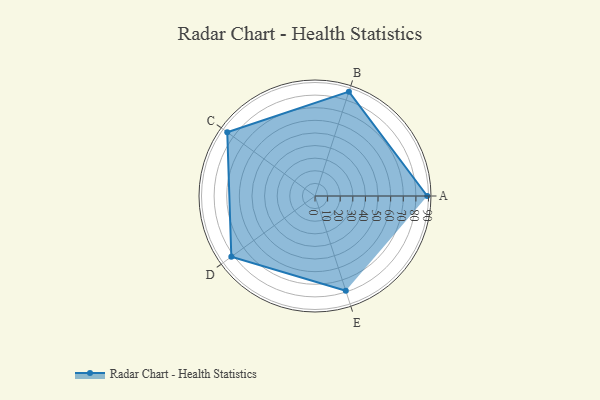
{"axis": {"x": "Skill", "y": "Score"}, "legend": ["Profile"], "data": [{"x": "A", "y": 89.0, "type": "Profile"}, {"x": "B", "y": 87.0, "type": "Profile"}, {"x": "C", "y": 86.0, "type": "Profile"}, {"x": "D", "y": 82.0, "type": "Profile"}, {"x": "E", "y": 79.0, "type": "Profile"}]}